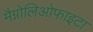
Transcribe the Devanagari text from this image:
मैग्नोलिओफाइटा